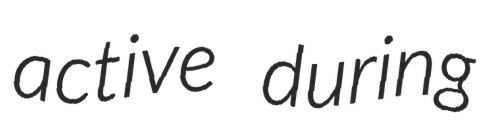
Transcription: active during